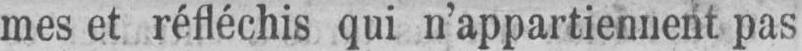
mes et réfléchis qui n’appartiennent pas